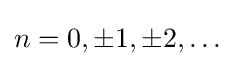
n=0,\pm 1,\pm 2,\ldots